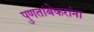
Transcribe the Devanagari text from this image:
पुणतांबेकरांना